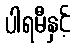
ပါရမီနှင့်